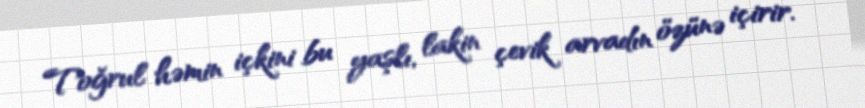
Toğrul həmin içkini bu yaşlı, lakin çevik arvadın özünə içirir.